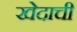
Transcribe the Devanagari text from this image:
खेदाची